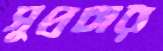
সুপ্রচার